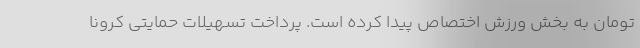
تومان به بخش ورزش اختصاص پیدا کرده است. پرداخت تسهیلات حمایتی کرونا